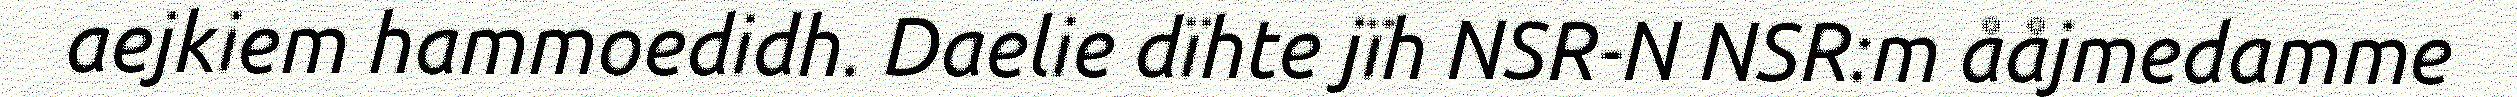
aejkiem hammoedidh. Daelie dïhte jïh NSR-N NSR:m ååjmedamme